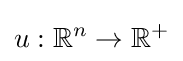
u:\mathbb {R} ^{n}\to \mathbb {R} ^{+}